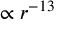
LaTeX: \propto r ^ { - 1 3 }